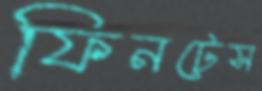
ফিনটেস